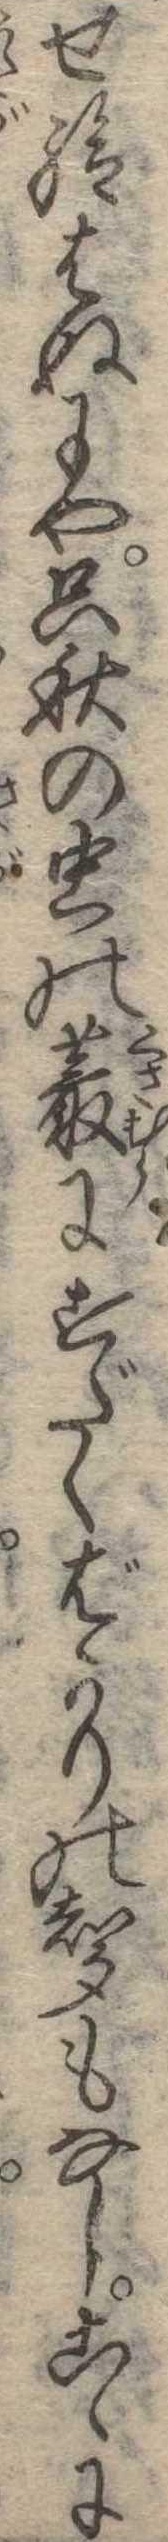
せ給はぬにや只秋の虫の叢にすだくばかりの声もなしこゝに